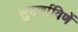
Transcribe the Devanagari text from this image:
सुवर्णाविणें